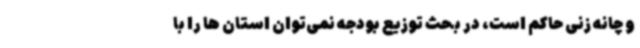
و چانه زنی حاکم است، در بحث‌ توزیع بودجه نمی‌توان استان ها را با